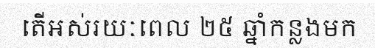
តើអស់រយៈពេល ២៥ ឆ្នាំកន្លងមក